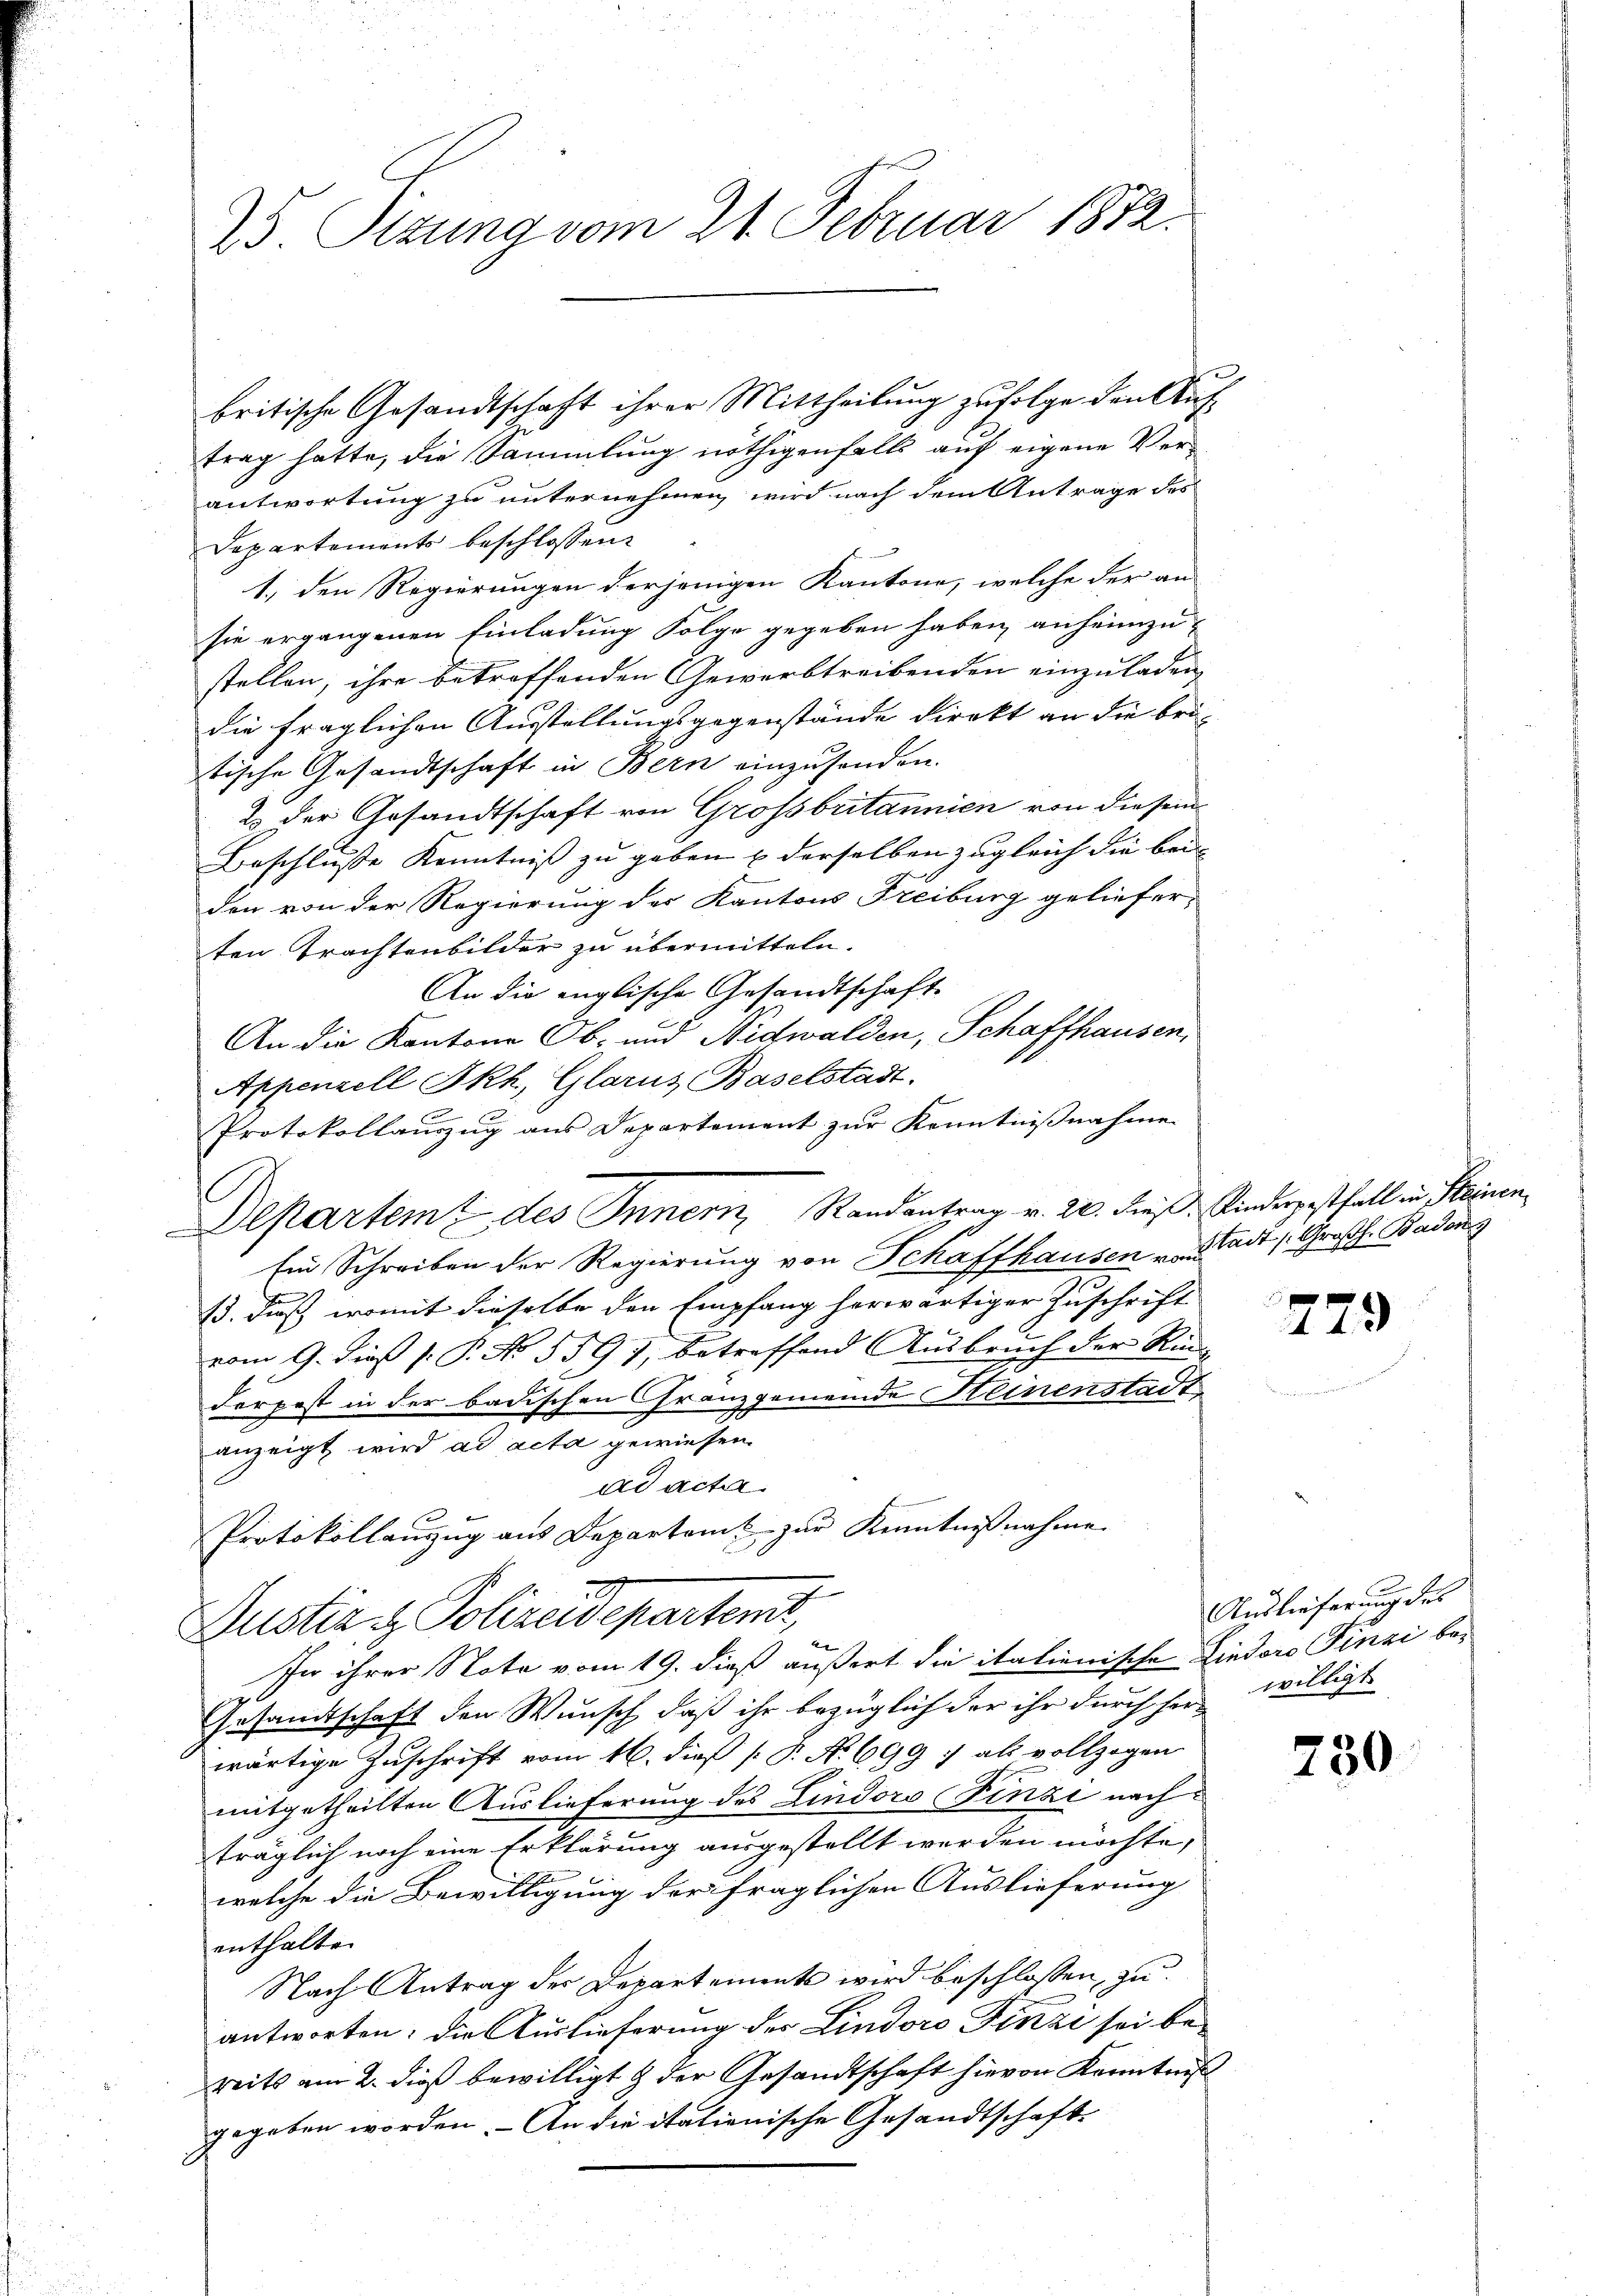
25. Sizung vom 21. Februar 1872.

britische Gesandtschaft ihrer Mittheilung zufolge den Auftrag hatte, die Sammlung nöthigenfalls auf eigene Verantwortung zu unternehmen wird nach dem Antrage des
Departements beschlossen:
1., den Regierungen derjenigen Kantone, welche der an-
sie ergangenen Einladung Folge gegeben haben, anheimzu-
stellen, ihre betreffenden Gewerbtreibenden einzuladen,
die fraglichen Ausstellungsgegenstände direkt an die britische Gesandtschaft in Bern einzusenden.
2 der Gesandtschaft von Grossbritannien von diesem
Beschlusse Kenntniß zu geben & derselben zugleich die bei-
den von der Regierung des Kantons Freiburg gelieferten Trachtenbilder zu übermitteln.
An die englische Gesandtschaft
An die Kantone Ob- und Nidwalden, Schaffhausen,
Appenzell Ikh, Glarus Baselstadt.
Protokollauszug aus Departement zur Kenntnißnahme
Departeme des Innern Randantrag v. 20. dieß. Kinderpestfall in Steinen
Ein Schreiben der Regierung von Schaffhausen u. a. Stadt /: Großh. Baden 3
13. dieß, womit dieselbe den Empfang herwärtiger Zuschrift
vom 9. dieß P. P. No. 5597, betreffend Aŭsbrŭch der Rin-
derpest in der badischen Franzgemeinde Heinenstadt
anzeigt wird ad acta gewiesen.
ad acta.
Protokollanzug aus Departamt zur Kenntnißnahme.
Justiz & Polizeidepartent,
In ihrer Note vom 19. dieß äußert die italienische Lindere Finai be¬
Gesandtschaft den Wunsch, daß ihr bezüglich der ihr durch her-
wärtige Zuschrift vom 16. dieß [ P. No 699 ; als vollzogen
mitgetheilten Auslieferung des Lindoro (Finzi nach
träglich noch eine Erklärung ausgestellt werden möchte,
1
welche die Bewilligung der fraglichen Auslieferung
enthalten
Nach Antrag der Departements wird beschlossen, zu
antworten: die Auslieferung der Lindoro Finzi sei be-
reits am 2. dieß bewilligt & der Gesandtschaft hievon Kenntniß
gegeben worden. - An die itationische Gesandtschaft

779

Auslieferung des
willigt

750